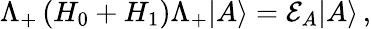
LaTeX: \Lambda_{+}\left(H_{0}+H_{1}\right)\Lambda_{+}|A\rangle=\mathcal{E}_{A}|A\rangle\, ,